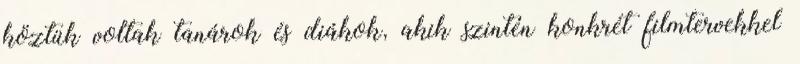
köztük voltak tanárok és diákok, akik szintén konkrét filmtervekkel